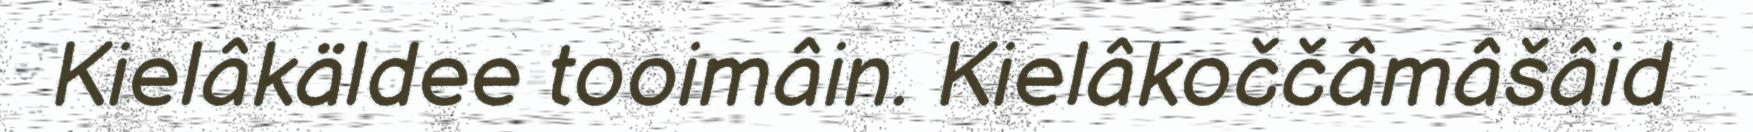
Kielâkäldee tooimâin. Kielâkoččâmâšâid